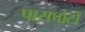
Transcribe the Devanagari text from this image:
पासपोर्टों